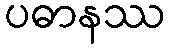
ပဓာနဿ